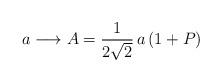
\begin{align*}a \longrightarrow A = \frac{1}{2 \sqrt{2}}\,a\,(1 + P)\end{align*}